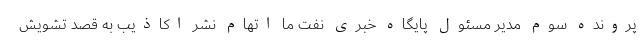
پرونده سوم مدیر مسئول پایگاه خبری نفت ما اتهام نشر اکاذیب به قصد تشویش